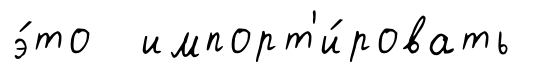
э́то импорт'и́ровать